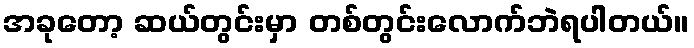
အခုတော့ ဆယ်တွင်းမှာ တစ်တွင်းလောက်ဘဲရပါတယ်။